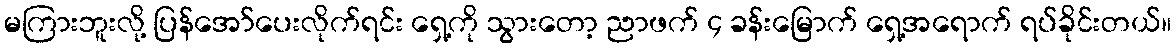
မကြားဘူးလို့ ပြန်အော်ပေးလိုက်ရင်း ရှေ့ကို သွားတော့ ညာဖက် ၄ ခန်းမြောက် ရှေ့အရောက် ရပ်ခိုင်းတယ်။